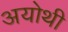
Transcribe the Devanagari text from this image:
अयोथी